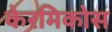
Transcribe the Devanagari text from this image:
केरमिकोस